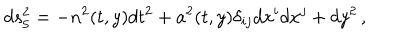
d s _ { 5 } ^ { 2 } = - n ^ { 2 } ( t , y ) d t ^ { 2 } + a ^ { 2 } ( t , y ) \delta _ { i j } d x ^ { i } d x ^ { j } + d y ^ { 2 } \, ,